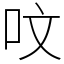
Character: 呅